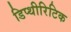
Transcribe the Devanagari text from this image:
डिप्थीरिटिक